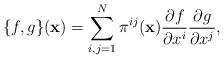
LaTeX: \begin{align*}\{f,g\}({\bf x})=\sum_{ i,j=1}^{N}\pi^{ij}({\bf x})\dfrac{\partial f}{\partial x^i} \dfrac{\partial g}{\partial x^j},\end{align*}